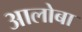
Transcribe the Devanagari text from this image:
आलोबा